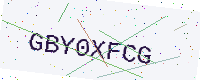
Text: GBY0XFCG